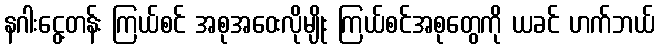
နဂါးငွေ့တန်း ကြယ်စင် အစုအဝေးလိုမျိုး ကြယ်စင်အစုတွေကို ယခင် ဟက်ဘယ်